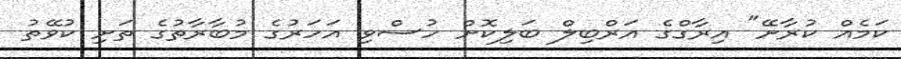
ކަމެއް ކުރާށޭ" އިރާގްގެ އަރްބިލް ބަލިކޮށް ހުސްވި އަހަރުގެ މުބާރާތުގެ ތަށި ކުވޭތު